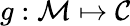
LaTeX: g:\mathcal{M}\mapsto\mathcal{C}